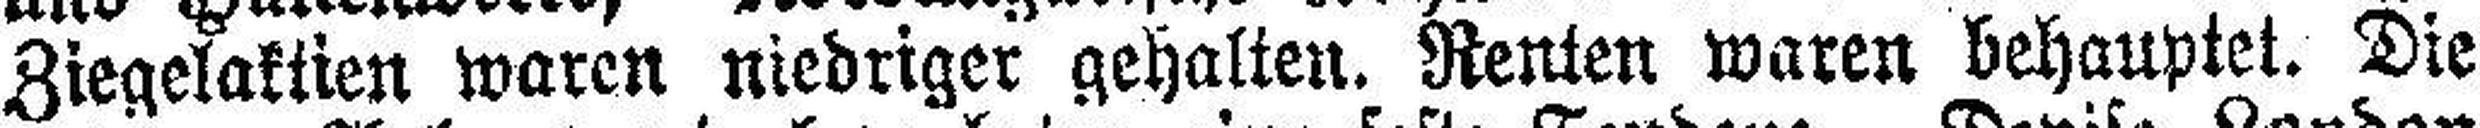
Ziegelaktien waren niedtiger gehalten. Renten waren behauptet. Die